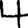
Digit: 4